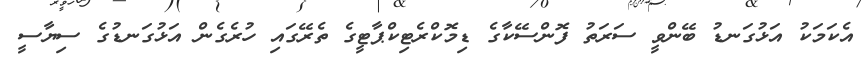
އެކަމަކު އަޅުގަނޑު ބޭންވީ ސަރަތު ފޮންސޭކާގެ ޑިމޮކްރެޓިކްޕާޓީގެ ތެރޭގައި ހުރެގެން އަޅުގަނޑުގެ ސިޔާސީ